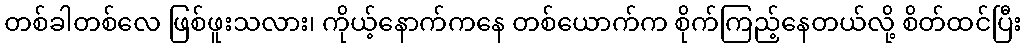
တစ်ခါတစ်လေ ဖြစ်ဖူးသလား၊ ကိုယ့်နောက်ကနေ တစ်ယောက်က စိုက်ကြည့်နေတယ်လို့ စိတ်ထင်ပြီး